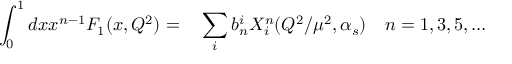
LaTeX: \int _ { 0 } ^ { 1 } d x x ^ { n - 1 } F _ { 1 } ( x , Q ^ { 2 } ) = \phantom { - } \sum _ { i } b _ { n } ^ { i } X _ { i } ^ { n } ( Q ^ { 2 } / \mu ^ { 2 } , \alpha _ { s } ) \quad n = 1 , 3 , 5 , \ldots